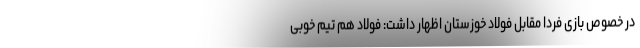
در خصوص بازی فردا مقابل فولاد خوزستان اظهار داشت: فولاد هم تیم خوبی